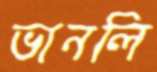
ভানলি